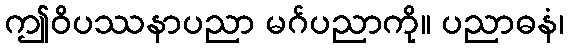
ဤဝိပဿနာပညာ မဂ်ပညာကို။ ပညာဓနံ၊